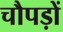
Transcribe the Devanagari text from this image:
चौपड़ों